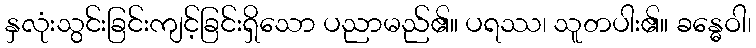
နှလုံးသွင်းခြင်းကျင့်ခြင်းရှိသော ပညာမည်၏။ ပရဿ၊ သူတပါး၏။ ခန္ဓေဝါ၊